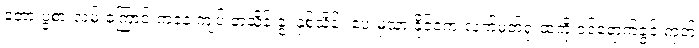
တော့ ပွဲစားလမ်းကြောင်းကနေ ကျပ် တသိန်းခွဲ၊ နှစ်သိန်း ပေးမှသာ နိုင်ငံကူးလက်မှတ်ရုံးထဲကို ဝင်ရောက်ခွင့် ကုတ်